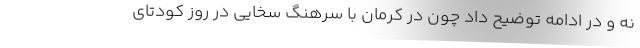
نه و در ادامه توضیح داد چون در کرمان با سرهنگ سخایی در روز کودتای